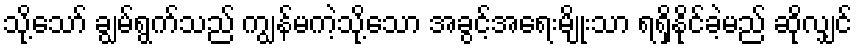
သို့သော် ချွမ်ရွက်သည် ကျွန်မကဲ့သို့သော အခွင့်အရေးမျိုးသာ ရရှိနိုင်ခဲ့မည် ဆိုလျှင်